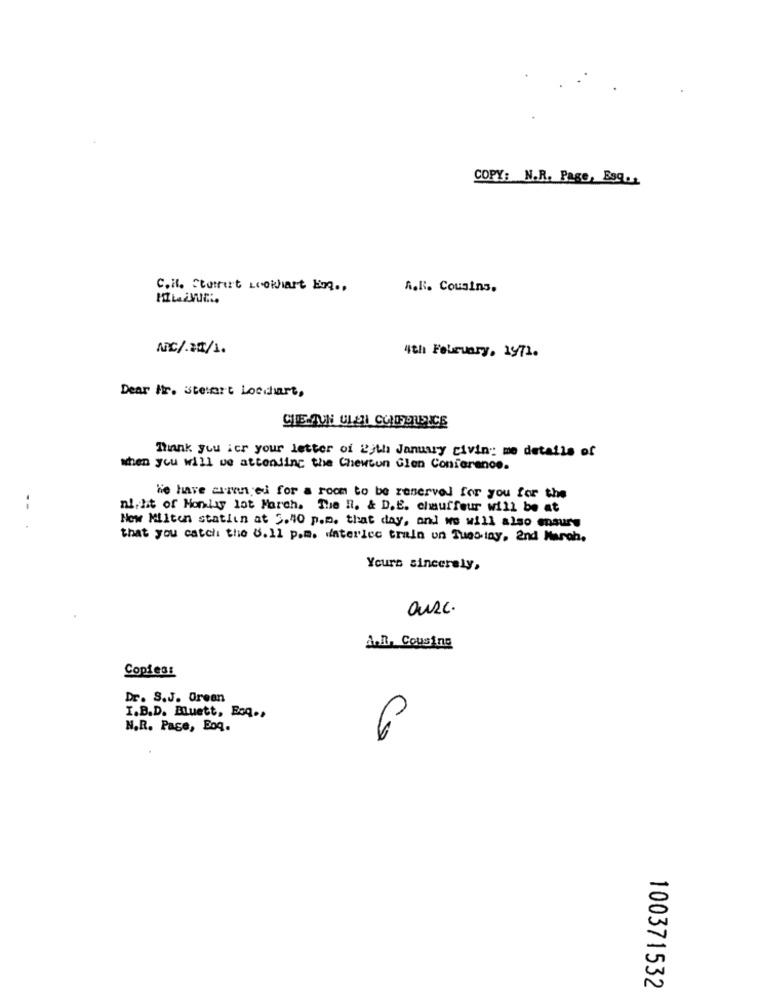
COPY: N.R. Page, Egg.
C.il. Ctomert Loothart En .,
A.K. Cousins.
AC/ 11/1.
4th February, 1971.
Dear Ir. Steuert Locihart,
Thank you ier your letter of 2th January civin: me details of
when you will we attending the Chewton Glen Conference.
We have arranjei for a room to be reserved for you for the
--
night of Honlay lot March. The R. & D.E. chauffeur will be at
Now Milton statiin at 5.40 p.m. that day, and we will also maury
that you catch the 8.11 p.m. daterlec train un Tues tay, 2nd March,
Yours sincerely,
OURc.
A.R. Cousins
Copies:
Dr. S.J. Orean
I.B.D. Buett, Boq .,
N.R. Page, Boq.
6
100371532